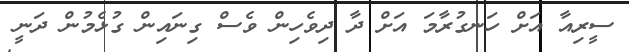
ސީރިއާ އަށް ހަނގުރާމަ އަށް ދާ ދިވެހިން ވެސް ގިނައިން ގުޅެމުން ދަނީ